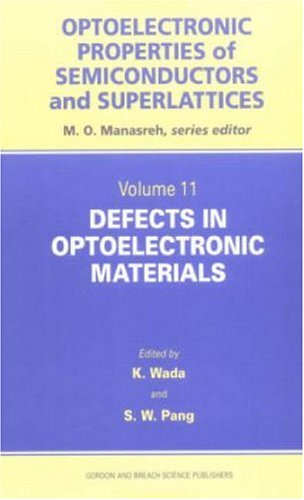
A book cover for Defects in Optoelectronic Materials (Optoelectronic Properties of Semiconductors and Superlattices); Kazumi Wada; Science & Math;